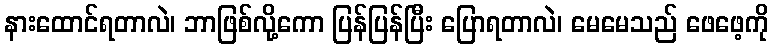
နားထောင်ရတာလဲ၊ ဘာဖြစ်လို့ကော ပြန်ပြန်ပြီး ပြောရတာလဲ၊ မေမေသည် ဖေဖေ့ကို